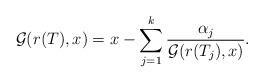
LaTeX: \begin{align*} \mathcal{G}(r(T), x) &= x - \sum_{j = 1}^{k} \dfrac{\alpha_j}{\mathcal{G}(r(T_j), x)} .\end{align*}